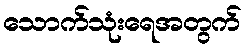
သောက်သုံးရေအတွက်